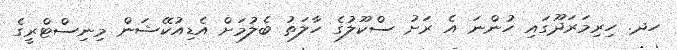
ހދ. ހިރިމަރަދޫގައި ހުންނަ އެ ރަށު ސްކޫލުގެ ހާލަތު ބެލުމަށް އެޑިއުކޭޝަން މިނިސްޓްރީގެ